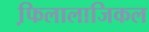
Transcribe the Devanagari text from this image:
फि़लालाजिकल